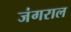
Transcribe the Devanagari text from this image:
जंगराल